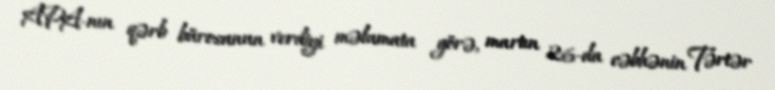
APA-nın qərb bürosunun verdiyi məlumata görə, martın 26-da cəbhənin Tərtər